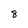
Character: 8